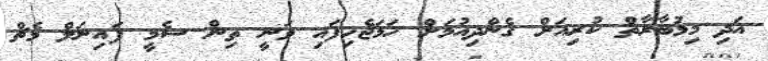
އަދި މިމުބާރާތް ކުރިއަށް ގެންދިއުމަށް ހަމަޖެހިފައި ވަނީ ތިން ސެމީ ފައިނަލް މެޗް